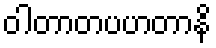
ဝါတာတပဟတာနိ